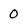
Character: 0